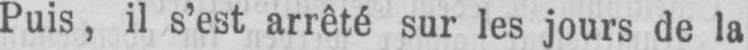
Puis, il s’est arrêté sur les jours de la